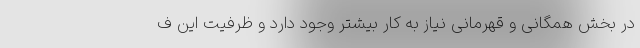
در بخش همگانی و قهرمانی نیاز به کار بیشتر وجود دارد و ظرفیت این ف